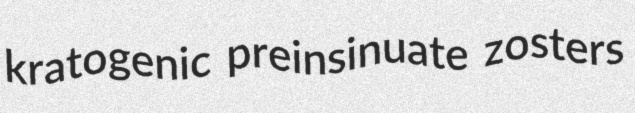
kratogenic preinsinuate zosters